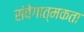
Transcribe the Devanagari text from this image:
संवेगात्मकता